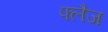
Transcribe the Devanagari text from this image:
फ्लैज